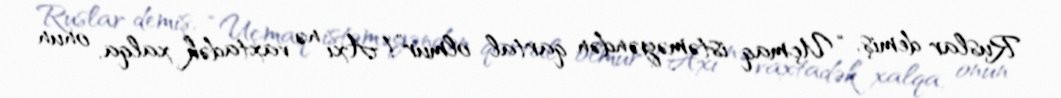
Ruslar demiş, “Uçmaq istəməyəndən qartal olmur”!Axı nə vaxtadək xalqa, onun